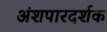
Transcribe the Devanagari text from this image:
अंशपारदर्शक